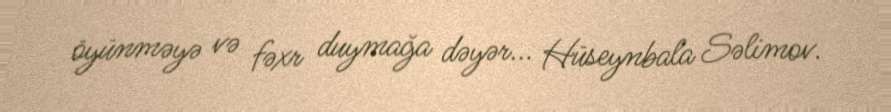
öyünməyə və fəxr duymağa dəyər... Hüseynbala Səlimov.